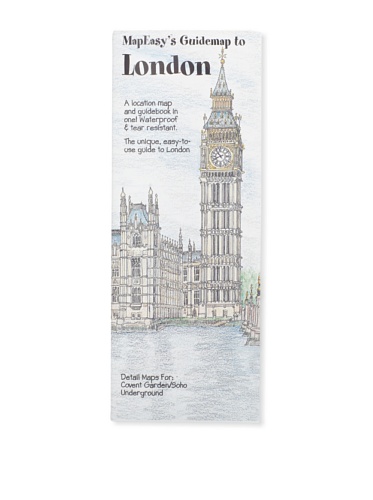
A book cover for MapEasy's Guidemap to London; MapEasy; Travel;